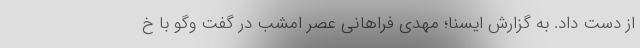
از دست داد. به گزارش ایسنا؛ مهدی فراهانی عصر امشب در گفت وگو با خ